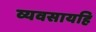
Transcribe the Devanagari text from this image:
व्यवसायहि